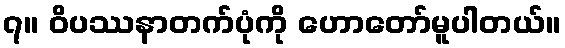
၇။ ဝိပဿနာတက်ပုံကို ဟောတော်မူပါတယ်။